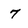
Character: 7